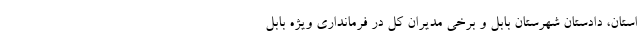
استان، دادستان شهرستان بابل و برخی مدیران کل در فرمانداری ویژه بابل